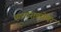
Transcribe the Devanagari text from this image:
व्यापाराबरोबर